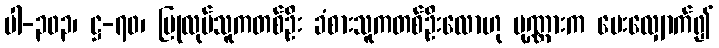
ပါ-၃၀၃၊ ဋ္ဌ-၇၀၊ ပြုလုပ်သူကတစ်ဦး ခံစားသူကတစ်ဦးလောဟု ပုဏ္ဏားက မေးလျှောက်၍